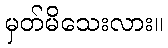
မှတ်မိသေးလား။